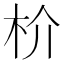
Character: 𬂣